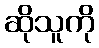
ဆိုသူကို